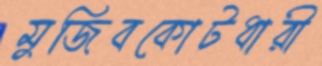
মুজিবকোটধারী